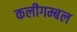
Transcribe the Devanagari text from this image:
कलीगम्बल